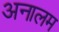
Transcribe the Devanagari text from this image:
अनालम